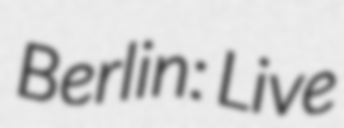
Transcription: Berlin: Live